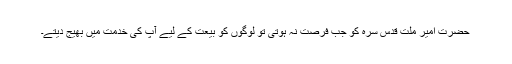
حضرت امیر ملّت قدس سرہ کو جب فرصت نہ ہوتی تو لوگوں کو بیعت کے لیے آپ کی خدمت میں بھیج دیتے۔